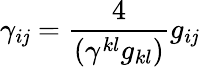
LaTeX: \gamma_{i\mathit{j}}=\frac{{4}}{{(\gamma^{kl}g_{kl})}}g_{i\mathit{j}}